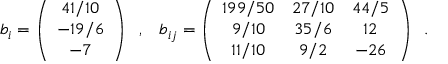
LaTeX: b _ { i } = \left( \begin{array} { c } { { 4 1 / 1 0 } } \\ { { - 1 9 / 6 } } \\ { { - 7 } } \end{array} \right) \; \; , \; \; \; b _ { i j } = \left( \begin{array} { c c c } { { 1 9 9 / 5 0 } } & { { 2 7 / 1 0 } } & { { 4 4 / 5 } } \\ { { 9 / 1 0 } } & { { 3 5 / 6 } } & { { 1 2 } } \\ { { 1 1 / 1 0 } } & { { 9 / 2 } } & { { - 2 6 } } \end{array} \right) \; \; .